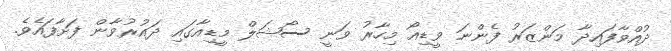
ދުއްވާފައިދާ މަންޒަރު ފެންނަ ވީޑިއޯ މިހާރު ވަނީ ސޯޝަލް މީޑިއާގައި ދައުރުވާން ފަށާފައެވެ.